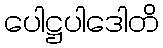
ပေါဋ္ဌပါဒေါတိ